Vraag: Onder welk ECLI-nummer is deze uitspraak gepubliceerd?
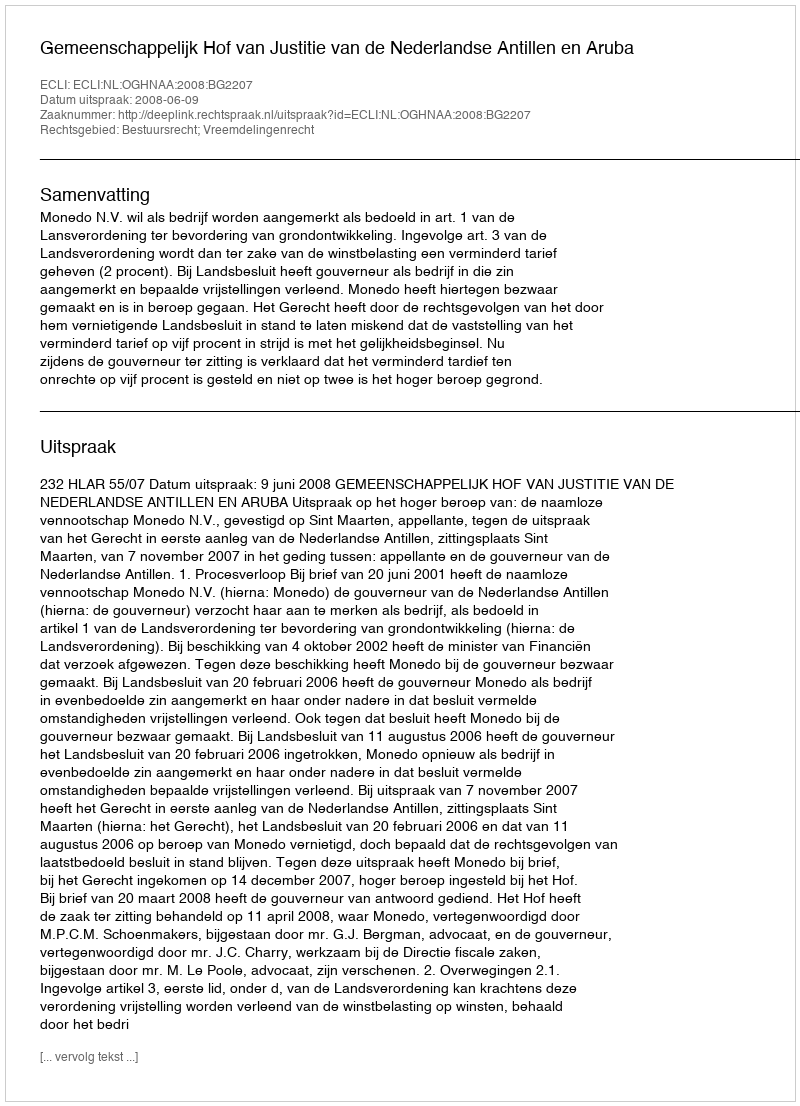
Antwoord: ECLI:NL:OGHNAA:2008:BG2207